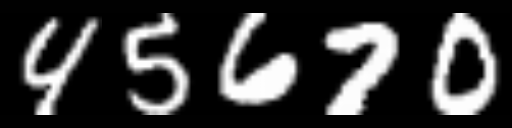
Text: 45670